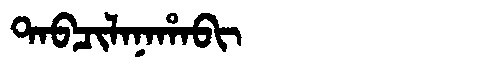
Manchu: ᡨᠠᠪᠴᡳᠯᠠᠨᠠᡥᠠᠪᡳ
Romanization: TABCILANAHABI